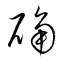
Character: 确